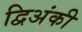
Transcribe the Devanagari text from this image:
द्विअंकी